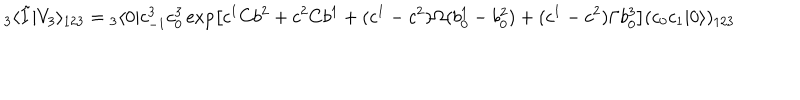
LaTeX: { } _ { 3 } \langle \tilde { I } | V _ { 3 } \rangle _ { 1 2 3 } = { } _ { 3 } \langle 0 | c _ { - 1 } ^ { 3 } c _ { 0 } ^ { 3 } \exp \left[ c ^ { 1 } C b ^ { 2 } + c ^ { 2 } C b ^ { 1 } + ( c ^ { 1 } - c ^ { 2 } ) \Omega ( b _ { 0 } ^ { 1 } - b _ { 0 } ^ { 2 } ) + ( c ^ { 1 } - c ^ { 2 } ) \Gamma b _ { 0 } ^ { 3 } \right] ( c _ { 0 } c _ { 1 } | 0 \rangle ) _ { 1 2 3 } \nonumber